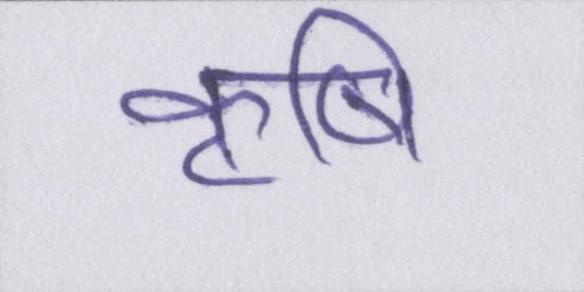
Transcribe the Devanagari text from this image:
कॄषि